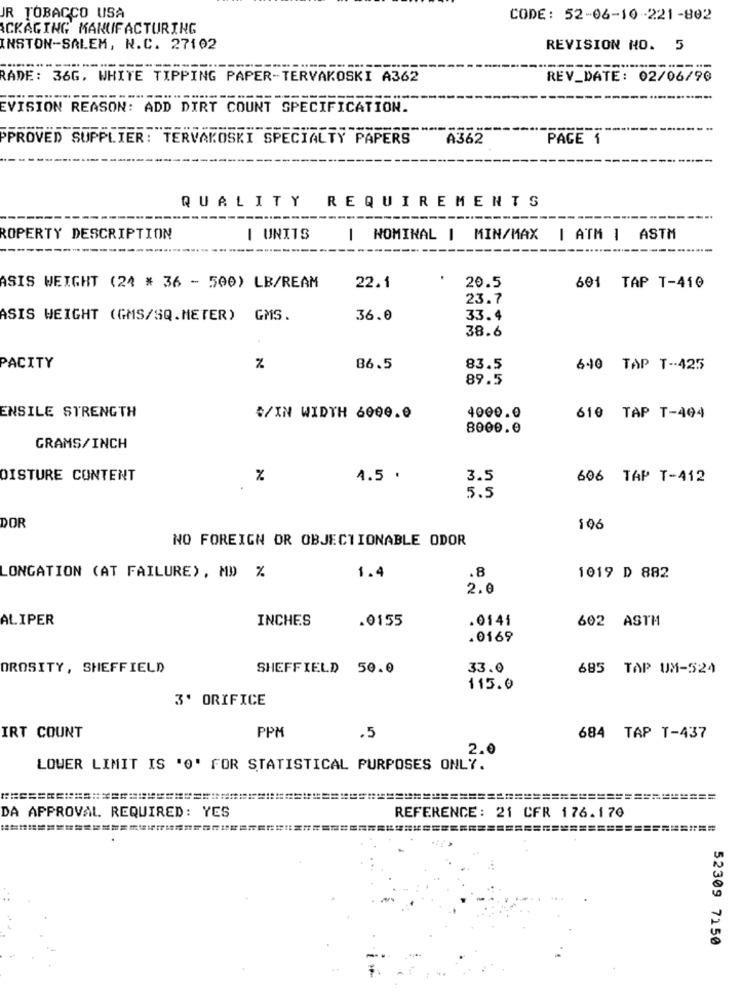
JR TOBACCO USA
CODE: 52-06-10-221-802
CKAGING MANUFACTURING
INSTON-SALEM, N.C. 27102
REVISION NO. 5
RADE: 36G, WHITE TIPPING PAPER-TERVAKOSKI A362
REV_DATE: 02/06/90
EVISION REASON: ADD DIRT COUNT SPECIFICATION.
PPROVED SUPPLIER: TERVAKOSKI SPECIALTY PAPERS
A362
PAGE 1
QUALITY REQUIREMENTS
ROPERTY DESCRIPTION
I UNITS
| NOMINAL | MIN/MAX
| ATM 1 ASTM
ASIS WEIGHT (24 # 36 - 500) LB/REAM
22.1
20.5
601 TAP T-410
23.7
ASIS WEIGHT (GMS/SQ.METER) GMS.
36.0
33.4
38.6
PACITY
%
86.5
83.5
640 TAP T -- 425
89.5
ENSILE STRENGTH
#/IN WIDTH 6000.0
4000.0
610 TAP T-494
8000.0
GRAMS/INCH
DISTURE CONTENT
%
4.5 .
3.5
606 TAP T-412
5.5
DOR
106
NO FOREIGN OR OBJECTIONABLE ODOR
.8
LONGATION (AT FAILURE), MD %
1.4
1019 D 882
2.0
ALIPER
INCHES
.0155
.0141
602 ASTM
.0169
OROSITY, SHEFFIELD
SHEFFIELD 50.0
33.0
685 TAP UM-524
115.0
3' ORIFICE
PPM
IRT COUNT
.5
684 TAP T-437
2.0
LOWER LIMIT IS '0' FOR STATISTICAL PURPOSES ONLY.
DA APPROVAL REQUIRED: YES
REFERENCE: 21 CFR 176.170
52309 7150